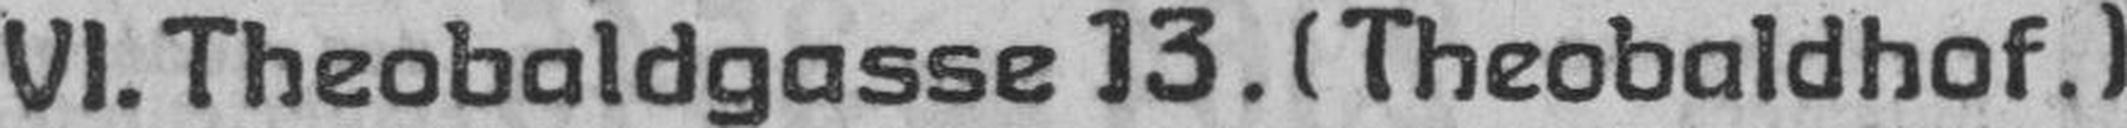
VI. Theobaldgasse 13. (Theobaldhof.)